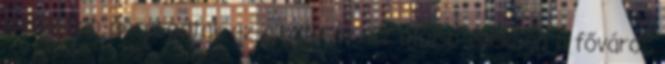
lakásában porosodtak az alkotások. Az utolsó években a főváros